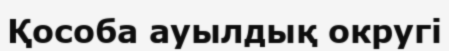
Қособа ауылдық округі